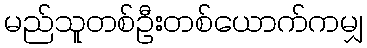
မည်သူတစ်ဦးတစ်ယောက်ကမျှ